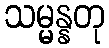
သမ္မန္နတု